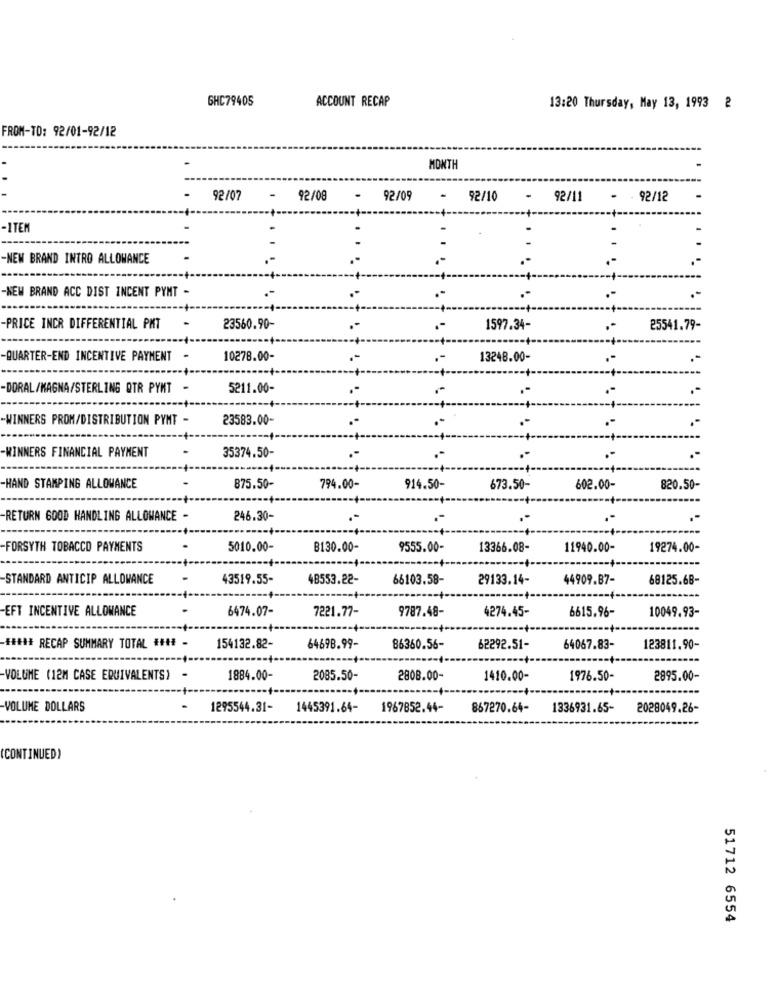
6HC79405
ACCOUNT RECAP
13:20 Thursday, May 13, 1993 2
FROM-TO: 92/01-92/12
MONTH
92/07
92/08
92/09
-
92/10
-
92/11
92/12
-ITEM
-NEW BRAND INTRO ALLOWANCE
-NEW BRAND ACC DIST INCENT PYMT -
-PRICE INCR DIFFERENTIAL PMT
23560.90-
1597.34-
25541.79-
QUARTER-END INCENTIVE PAYMENT -
10278.00-
13248.00-
-DORAL/KAGNA/STERLING QTR PYNT -
5211.00-
-WINNERS PROM/DISTRIBUTION PYNT -
23583.00-
..
-WINNERS FINANCIAL PAYMENT
-
.-
35374.50-
.-
-HAND STAMPING ALLOWANCE
875.50-
794.00-
914.50-
673.50-
602.00-
820.50-
RETURN 600D HANDLING ALLOWANCE -
246.30-
FORSYTH TOBACCO PAYMENTS
-
5010.00-
B130.00-
9555.00-
13366.08-
11940.00-
19274.00-
STANDARD ANTICIP ALLOWANCE
-
43519.55-
48553.22-
66103.58-
29133.14-
44909.87-
68125.68-
-EFT INCENTIVE ALLOWANCE
6474.07-
7221.77-
4274.45-
6615.96-
9787.48-
10049.93-
##### RECAP SUMMARY TOTAL #### -
154132.82-
64698.99-
86360.56-
62292.51-
64067.83-
123811.90-
-VOLUME (12M CASE EQUIVALENTS) -
1884.00-
2085.50-
2808.00-
1410.00-
1976.50-
2895.00-
-VOLUME DOLLARS
1295544.31-
1445391.64-
1967852.44-
867270.64-
1336931.65- 2028049.26-
(CONTINUED)
51712 6554